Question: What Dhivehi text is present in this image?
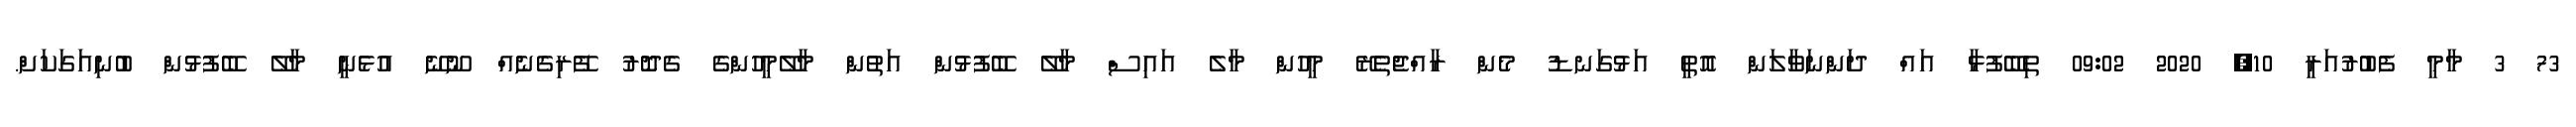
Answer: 73 3 މާމީ ފެބުރުއަރީ 10, 2020 09:02 ތިބޭފުޅާ އައް ދަންނަވާލަން އޮތީ އަޅުގަނޑު މެން ރާއްޖެތެރޭ މީހުން މާލެ އައިސް މާލޭ ބޭފުޅުން އަތުން މާލޭމީހުންގެ ގެދޮރު ފޭރިގެނެއް ނޫނޭ އުޅެނީ މާލޭ ބޭފުޅުން ބުނިއަގަކަށް.